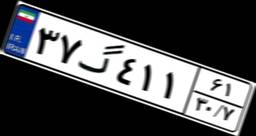
۳۷گ۴۱۱۶۱